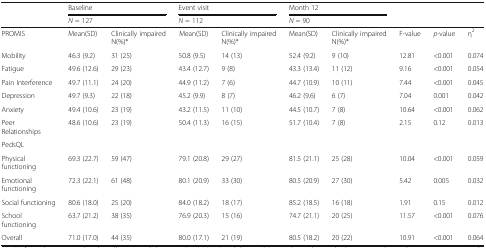
<table><thead><tr><td rowspan="2"></td><td colspan="2"><b>Baseline</b></td><td colspan="2"><b>Event visit</b></td><td colspan="2"><b>Month 12</b></td><td rowspan="2"></td><td rowspan="2"></td><td rowspan="2"></td></tr><tr><td colspan="2"><b><i>N</i> = 127</b></td><td colspan="2"><b><i>N</i> = 112</b></td><td colspan="2"><b><i>N</i> = 90</b></td></tr></thead><tbody><tr><td>PROMIS</td><td>Mean(SD)</td><td>Clinically impaired N(%)*</td><td>Mean(SD)</td><td>Clinically impaired N(%)*</td><td>Mean(SD)</td><td>Clinically impaired N(%)*</td><td>F-value</td><td><i>p</i>-value</td><td>η<sup>2</sup></td></tr><tr><td>Mobility</td><td>46.3 (9.2)</td><td>31 (25)</td><td>50.8 (9.5)</td><td>14 (13)</td><td>52.4 (9.2)</td><td>9 (10)</td><td>12.81</td><td>&lt;0.001</td><td>0.074</td></tr><tr><td>Fatigue</td><td>49.6 (12.6)</td><td>29 (23)</td><td>43.4 (12.7)</td><td>9 (8)</td><td>43.3 (13.4)</td><td>11 (12)</td><td>9.16</td><td>&lt;0.001</td><td>0.054</td></tr><tr><td>Pain Interference</td><td>49.7 (11.1)</td><td>24 (20)</td><td>44.9 (11.2)</td><td>7 (6)</td><td>44.7 (10.9)</td><td>10 (11)</td><td>7.44</td><td>&lt;0.001</td><td>0.045</td></tr><tr><td>Depression</td><td>49.7 (9.3)</td><td>22 (18)</td><td>45.2 (9.9)</td><td>8 (7)</td><td>46.2 (9.6)</td><td>6 (7)</td><td>7.04</td><td>0.001</td><td>0.042</td></tr><tr><td>Anxiety</td><td>49.4 (10.6)</td><td>23 (19)</td><td>43.2 (11.5)</td><td>11 (10)</td><td>44.5 (10.7)</td><td>7 (8)</td><td>10.64</td><td>&lt;0.001</td><td>0.062</td></tr><tr><td>Peer Relationships</td><td>48.6 (10.6)</td><td>23 (19)</td><td>50.4 (11.3)</td><td>16 (15)</td><td>51.7 (10.4)</td><td>7 (8)</td><td>2.15</td><td>0.12</td><td>0.013</td></tr><tr><td>PedsQL</td><td></td><td></td><td></td><td></td><td></td><td></td><td></td><td></td><td></td></tr><tr><td>Physical functioning</td><td>69.3 (22.7)</td><td>59 (47)</td><td>79.1 (20.8)</td><td>29 (27)</td><td>81.5 (21.1)</td><td>25 (28)</td><td>10.04</td><td>&lt;0.001</td><td>0.059</td></tr><tr><td>Emotional functioning</td><td>72.3 (22.1)</td><td>61 (48)</td><td>80.1 (20.9)</td><td>33 (30)</td><td>80.5 (20.9)</td><td>27 (30)</td><td>5.42</td><td>0.005</td><td>0.032</td></tr><tr><td>Social functioning</td><td>80.6 (18.0)</td><td>25 (20)</td><td>84.0 (18.2)</td><td>18 (17)</td><td>85.2 (18.5)</td><td>16 (18)</td><td>1.91</td><td>0.15</td><td>0.012</td></tr><tr><td>School functioning</td><td>63.7 (21.2)</td><td>38 (35)</td><td>76.9 (20.3)</td><td>15 (16)</td><td>74.7 (21.1)</td><td>20 (25)</td><td>11.57</td><td>&lt;0.001</td><td>0.076</td></tr><tr><td>Overall</td><td>71.0 (17.0)</td><td>44 (35)</td><td>80.0 (17.1)</td><td>21 (19)</td><td>80.5 (18.2)</td><td>20 (22)</td><td>10.91</td><td>&lt;0.001</td><td>0.064</td></tr></tbody></table>